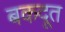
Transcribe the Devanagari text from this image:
बकदूत